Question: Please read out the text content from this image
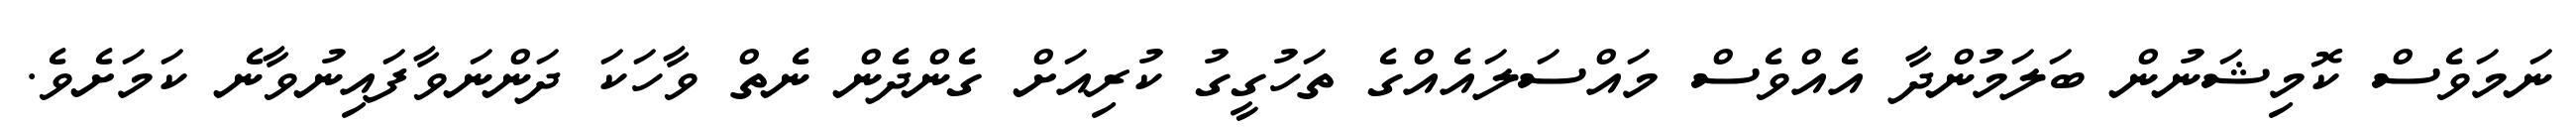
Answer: ނަމަވެސް ކޮމިޝަނުން ބަލަމުންދާ އެއްވެސް މައްސަލައެއްގެ ތަހުގީގު ކުރިއަށް ގެންދެން ނެތް ވާހަކަ ދަންނަވާފައިނުވާނެ ކަމަށެވެ.